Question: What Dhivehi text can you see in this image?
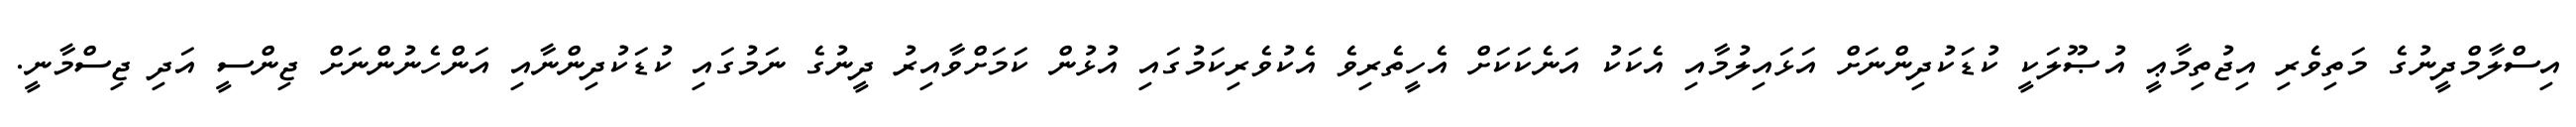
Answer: އިސްލާމްދީނުގެ މަތިވެރި އިޖުތިމާޢީ އުޞޫލަކީ ކުޑަކުދިންނަށް އަޅައިލުމާއި އެކަކު އަނެކަކަށް އެހީތެރިވެ އެކުވެރިކަމުގައި އުޅުން ކަމަށްވާއިރު ދީނުގެ ނަމުގައި ކުޑަކުދިންނާއި އަންހެނުންނަށް ޖިންސީ އަދި ޖިސްމާނީ.